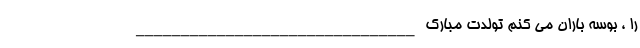
را ، بوسه باران می کنم تولدت مبارک _______________________________